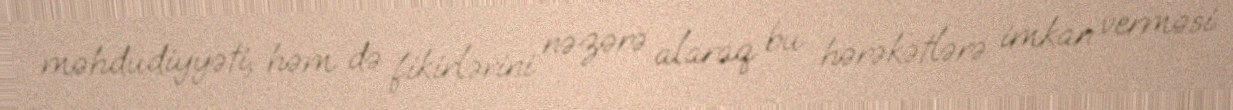
məhdudiyyəti, həm də fikirlərini nəzərə alaraq bu hərəkətlərə imkan verməsi